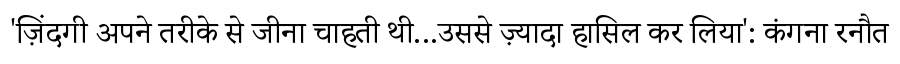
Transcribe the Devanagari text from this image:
'ज़िंदगी अपने तरीके से जीना चाहती थी...उससे ज़्यादा हासिल कर लिया': कंगना रनौत